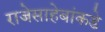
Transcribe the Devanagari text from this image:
राजेसाहेबांकडे